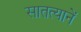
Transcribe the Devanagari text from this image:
सातत्यानें